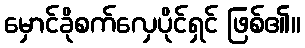
မှောင်ခိုစက်လှေပိုင်ရှင် ဖြစ်၏။